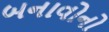
બનાવોનો